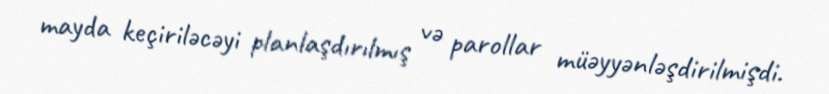
mayda keçiriləcəyi planlaşdırılmış və parollar müəyyənləşdirilmişdi.